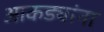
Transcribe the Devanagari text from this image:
आकड्यांना